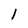
Character: l